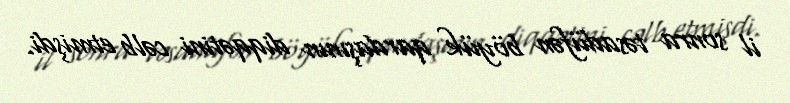
il sonra təsadüfən böyük qardaşının diqqətini cəlb etmişdi.